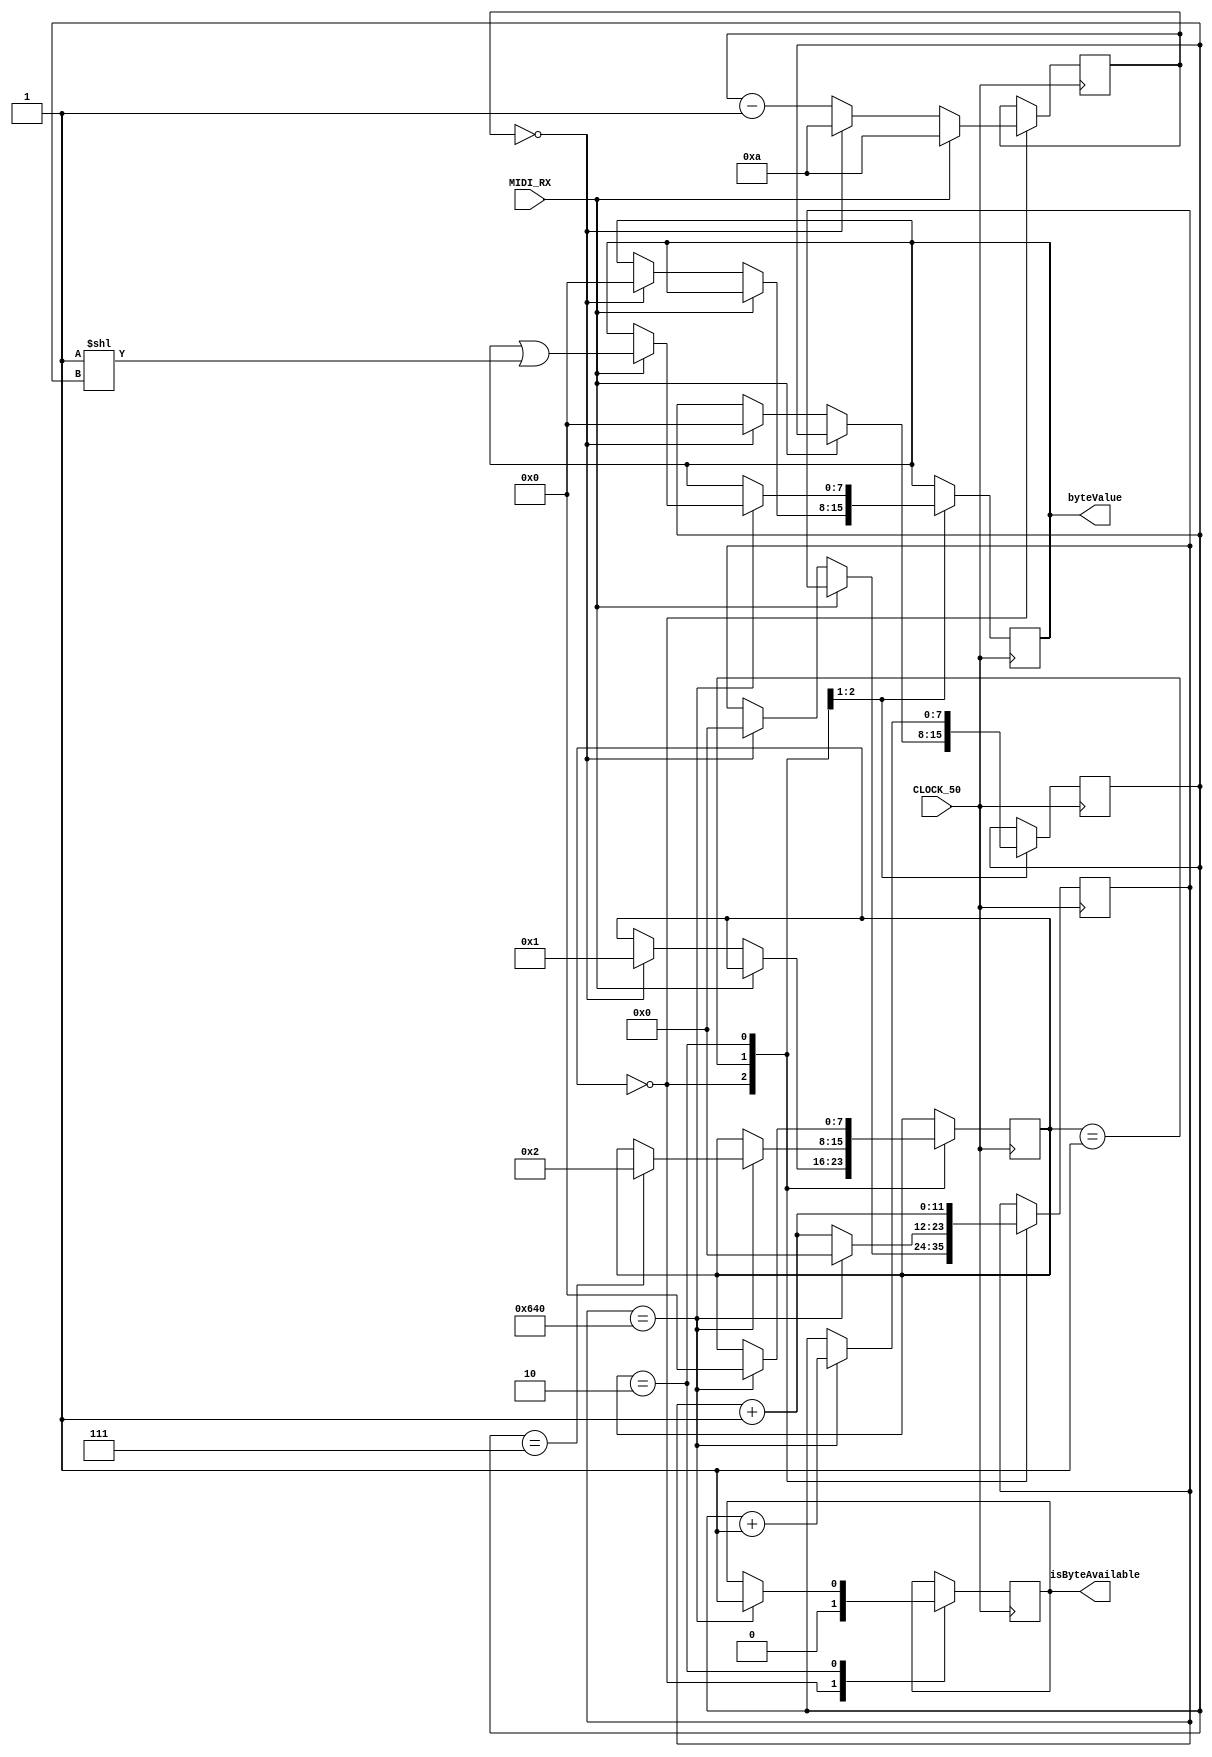
module MidiByteReader(
	input CLOCK_50,
	input MIDI_RX,
	output reg isByteAvailable = 0,
	output reg [7:0] byteValue = 0
);

localparam
	midiTicks = 12'd1600,  // 50,000,000 / 31,250 (DE0 Nano clock / MIDI clock);
	debounceTicks = 8'd10;

localparam
	stateWaitingForSignal = 8'd0,
	stateSignalAvailable = 8'd1,
	stateByteComplete = 8'd2;

reg [7:0] midiState = stateWaitingForSignal;
reg [7:0] bitNumber = 0;
reg [11:0] midiCount = 0;
reg [7:0] debounceCountDown = debounceTicks;

always @(posedge CLOCK_50)
begin
	case (midiState)
		stateWaitingForSignal:
			begin
				isByteAvailable <= 1'b0;
			
				if (MIDI_RX == 1'b0)
					begin
						debounceCountDown <= debounceCountDown - 1'b1;
						
						if (debounceCountDown == 1'b0)
							begin
								debounceCountDown <= debounceTicks;
								midiState <= stateSignalAvailable;
								midiCount <= 1'b0;
								bitNumber <= 1'b0;
								byteValue <= 1'b0;
							end
					end
				else
					debounceCountDown <= debounceTicks;
			end
		stateSignalAvailable:
			begin
				midiCount <= midiCount + 1'b1;
			
				if (midiCount == midiTicks)
					begin
						midiCount <= 1'b0;
					
						bitNumber <= bitNumber + 1'b1;	

						if (MIDI_RX == 1'b1)
							byteValue <= byteValue | (1'b1 << bitNumber);
		
						if (bitNumber == 8'd7)
							midiState <= stateByteComplete;					
					end
			end
		stateByteComplete:
			begin
				midiCount <= midiCount + 1'b1;
			
				if (midiCount == midiTicks)
					begin
						isByteAvailable <= 1'b1;				
						midiState <= stateWaitingForSignal;
					end			
			end
	endcase
end

endmodule